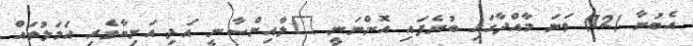
އެބުނާ (12) ވަނަ މާއްދާގައި ބުނެފައި އޮންނަނީ "ލާއިންސާނީ އަދި އަނިޔާވެރި އަމަލުތައް